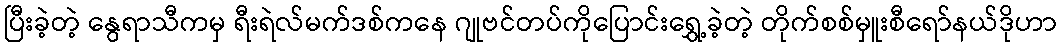
ပြီးခဲ့တဲ့ နွေရာသီကမှ ရီးရဲလ်မက်ဒစ်ကနေ ဂျုဗင်တပ်ကိုပြောင်းရွှေ့ခဲ့တဲ့ တိုက်စစ်မှူးစီရော်နယ်ဒိုဟာ